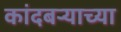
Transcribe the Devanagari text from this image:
कांदबऱ्याच्या